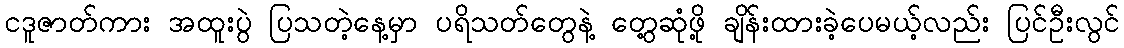
ငဒူဇာတ်ကား အထူးပွဲ ပြသတဲ့နေ့မှာ ပရိသတ်တွေနဲ့ တွေ့ဆုံဖို့ ချိန်းထားခဲ့ပေမယ့်လည်း ပြင်ဦးလွင်